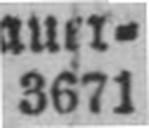
3671